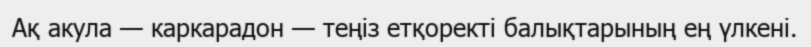
Ақ акула — каркарадон — теңіз етқоректі балықтарының ең үлкені.